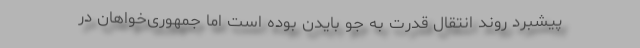
پیشبرد روند انتقال قدرت به جو بایدن بوده است اما جمهوری‌خواهان در